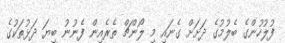
ފުލުހުންގެ ބެލުމުގެ ދަށަށް ގެނައި މި ލޯންޗް ތެރެއިން ފެނުނު ބިޔަ ދަޅުތަކުގެ